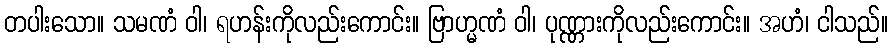
တပါးသော။ သမဏံ ဝါ၊ ရဟန်းကိုလည်းကောင်း။ ဗြာဟ္မဏံ ဝါ၊ ပုဏ္ဏားကိုလည်းကောင်း။ အဟံ၊ ငါသည်။